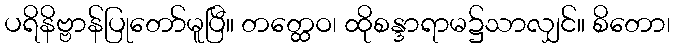
ပရိနိဗ္ဗာန်ပြုတော်မူပြီ။ တတ္ထေဝ၊ ထိုစန္ဒာရာမ၌သာလျှင်။ စိတော၊